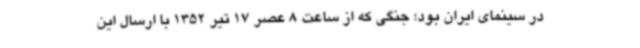
در سینمای ایران بود؛ جنگی که از ساعت 8 عصر 17 تیر 1352 با ارسال این